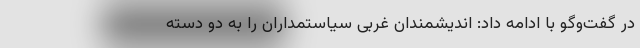
در گفت‌وگو با ادامه داد: اندیشمندان غربی سیاستمداران را به دو دسته